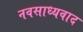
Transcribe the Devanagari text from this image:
नवसाध्यवाद